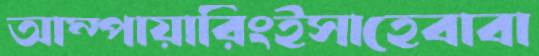
আম্পায়ারিংইসাহেবাবা